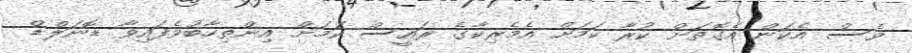
ވެސް އެކަން އެގޮތަށް ކުރާ ކަމަށް އެމެރިކާގެ ރައީސް ކަމަށް އިންތިހާބުވެފައިވާ ޑޮނަލްޑް